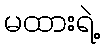
မထားရဲ့